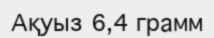
Ақуыз 6,4 грамм